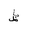
Letter: _za